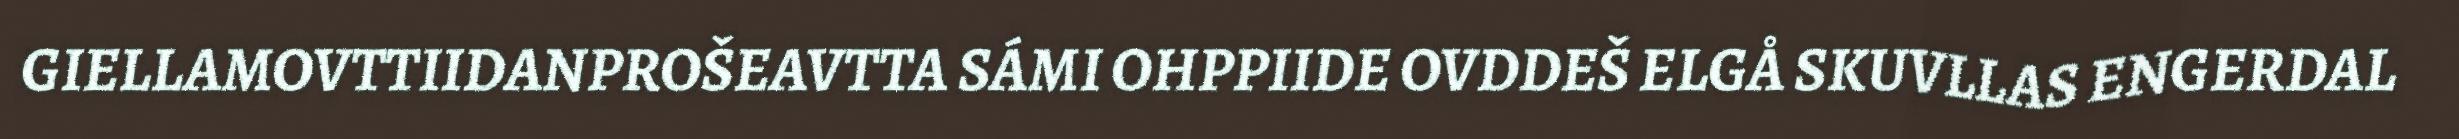
GIELLAMOVTTIIDANPROŠEAVTTA SÁMI OHPPIIDE OVDDEŠ ELGÅ SKUVLLAS ENGERDAL